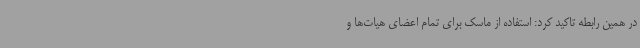
در همین رابطه تاکید کرد: استفاده از ماسک برای تمام اعضای هیات‌ها و